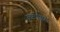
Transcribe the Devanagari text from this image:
उत्तरपछिम